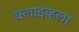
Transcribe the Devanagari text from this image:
क्लाइव्हला